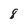
Character: 8